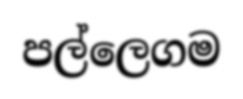
පල්ලෙගම